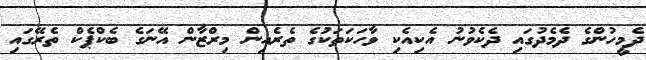
ދެމީހުންގެ ދެމެދުގައި ދެކެވުނު އެކިއެކި ވާހަކަތަކުގެ ތެރެއިން މިރްޒާން އޭނަގެ ބެކްޕެކް ތެރޭގައި